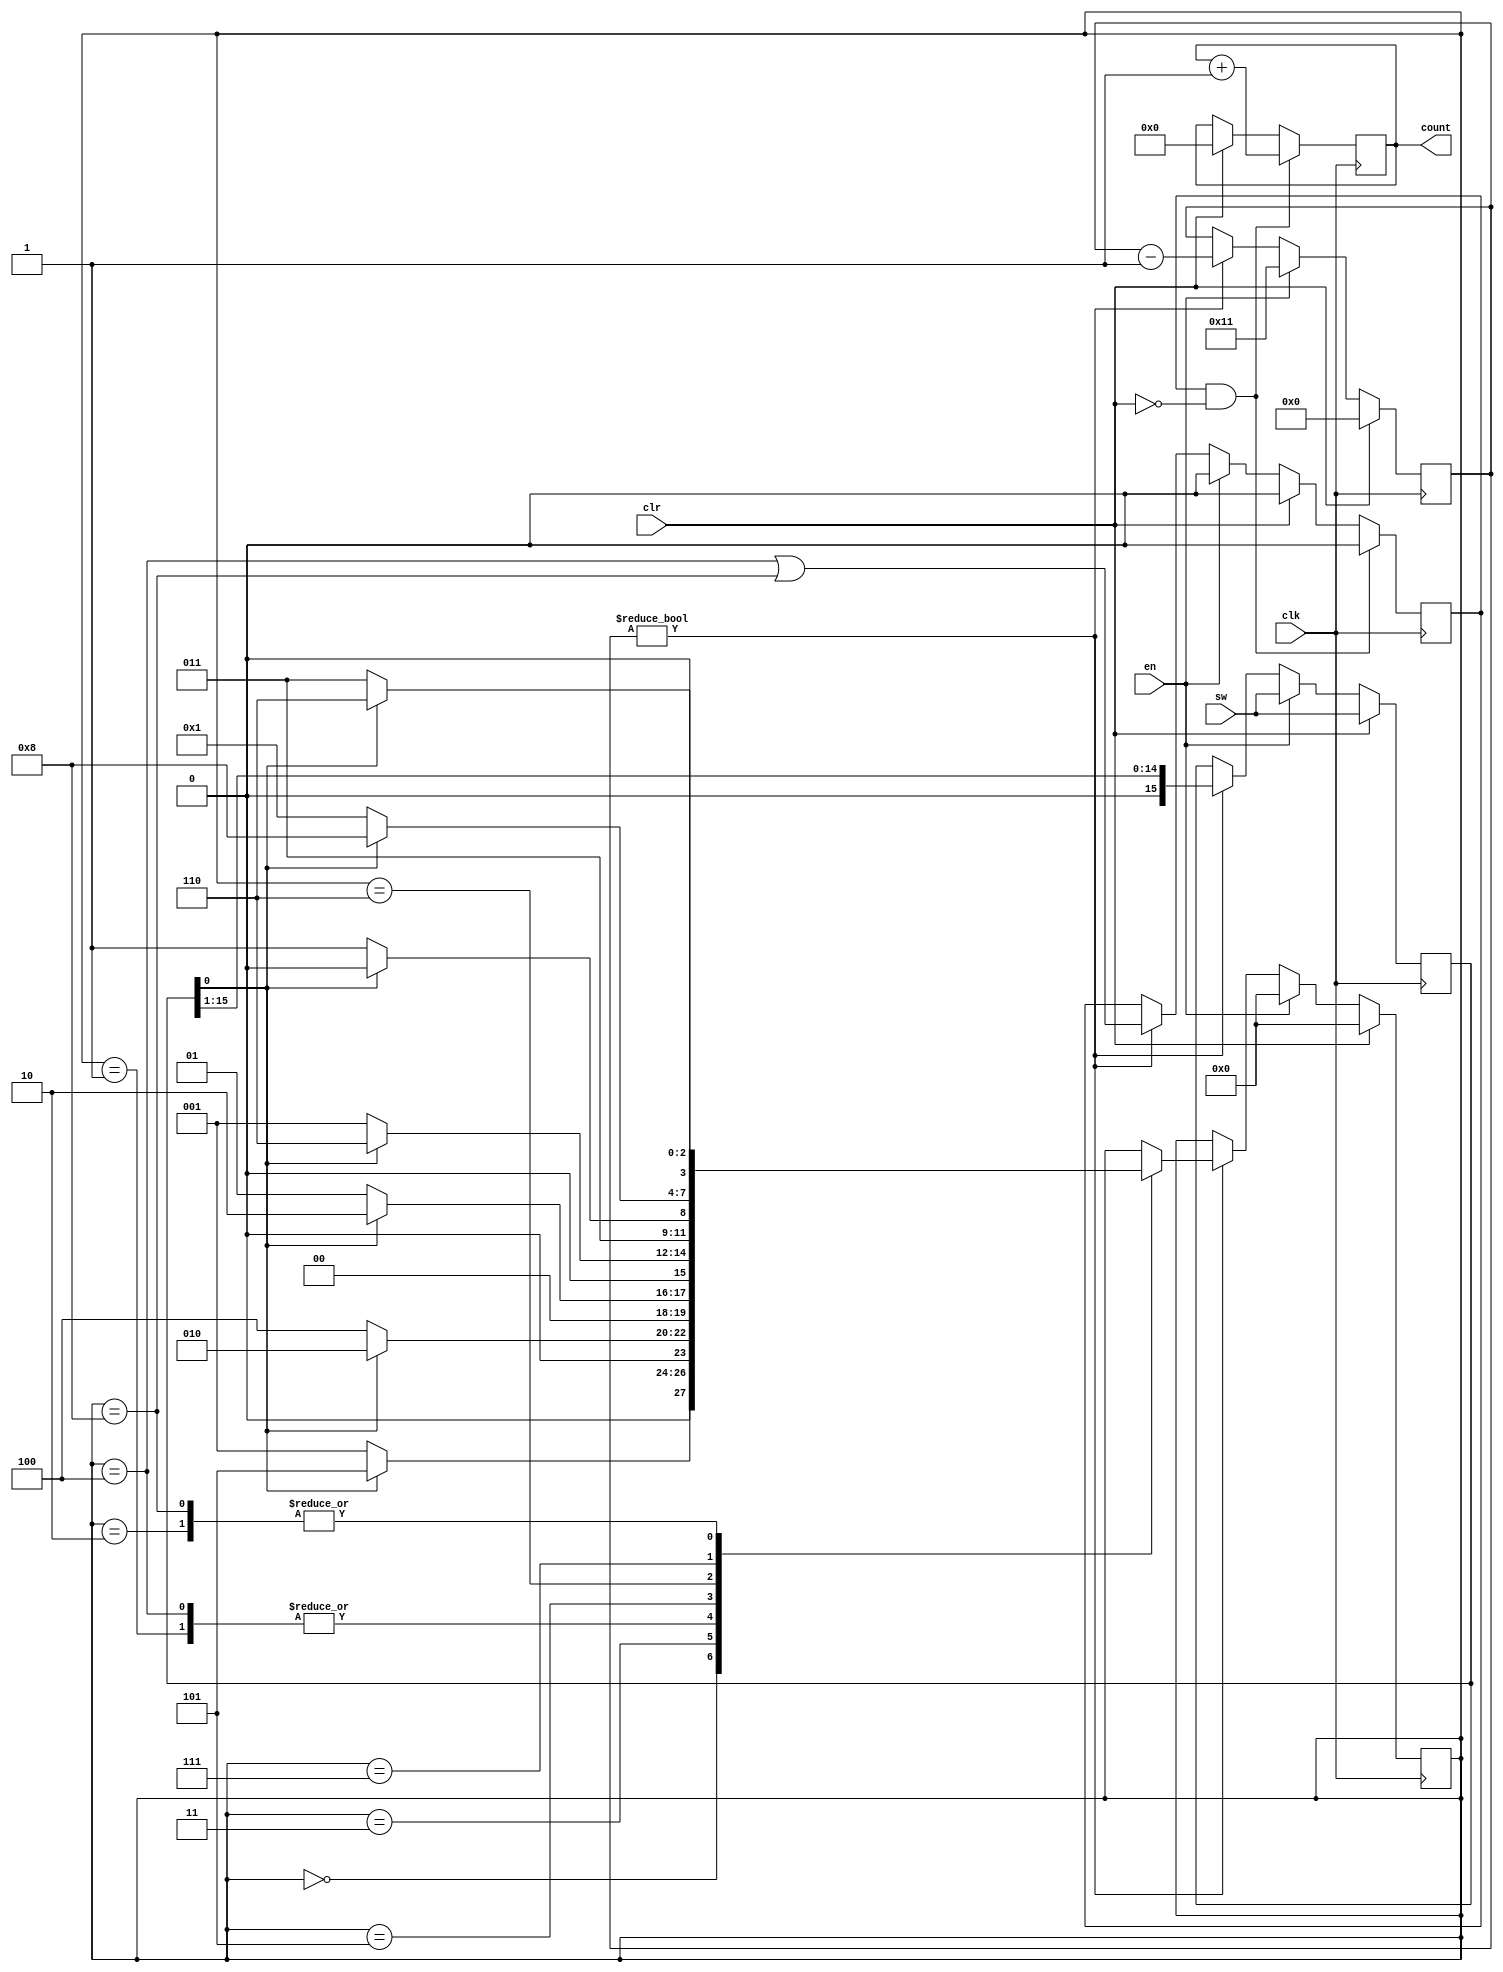
module stringreco(
    input clk,
    input clr,
    input en,
    input [15:0] sw,
    output reg [15:0] count
    );
    /*

             +---+
             | 0 |
             +---+
            /     \
          0/       \1
    +--+  /         \
   0|  | v           v
    +->+---+   0   +---+
  +--->| 1 |<------| 5 |
  |    +---+       +---+
  |      |  ^        |
  |     1|   \       |1
 0|      |    \      | +--+
  |      v     |     v |  |1
  |    +---+ 1 |   +---+<-+  
  | +->| 2 |------>| 6 |<-+
  | |  +---+   |   +---+  |
  | |   ^|     |0    |    |
  | |   ||0     \    |0   |
  | |  1||       \   |    |
  | |   |v        \  v    |
  | |  +---+       +---+  |
  |1|  | 3 |<+     | 7 |  |1
  | |  +---+  \    +---+  |
  | |    |     \     |    |
  | |    |0    0\    |1   |
  | |    |       \   |    |
  | |    v        \  v    |
  | |  +---+       +---+  |
  | +--| 4 |       | 8 |--+
  +----+---+       +---+   

    */

    parameter reset = 4'd0,
              s1 = 4'd1,
              s2 = 4'd2,
              s3 = 4'd3,
              s4 = 4'd4,
              s5 = 4'd5,
              s6 = 4'd6,
              s7 = 4'd7,
              s8 = 4'd8;

    reg [15:0] shift;
    reg [3:0] state;
    reg [3:0] out;
    wire in;
    reg found;
    reg [16:0] shiftcounter;

    assign in = shift[0];
    
    always @ (posedge clk) begin
        if (clr) begin 
            shiftcounter <= 0;
            state <= reset;
            shift <= sw;
            count <= 0;
            found <= 0;
        end else if (en) begin
            shiftcounter <= 17;
            state <= reset;
            shift <= sw;
            found <= 0;
        end else if (shiftcounter) begin
            shiftcounter <= shiftcounter - 1;
            shift <= shift >> 1;
            found <= state == s4 || state == s8;
            case (state) 
                reset: begin
                    if (in) state = s5;
                    else state = s1;
                end
                s1: begin
                    if (in) state = s2;
                    else state = s1;
                end
                s2: begin
                    if (in) state = s6;
                    else state = s3;
                end
                s3: begin
                    if (in) state = s2;
                    else state = s4;
                end
                s4: begin
                    if (in) state = s2;
                    else state = s1;
                end
                s5: begin
                    if (in) state = s6;
                    else state = s1;
                end
                s6: begin
                    if (in) state <= s6;
                    else state <= s7;
                end
                s7: begin
                    if (in) state <= s8;
                    else state <= s1;
                end
                s8: begin
                    if (in) state <= s6;
                    else state <= s3;
                end
            endcase
        end

        if (found && ~clr) begin
            count <= count + 1;
            found <= 0;
        end
    end

endmodule